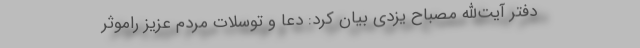
دفتر آیت‌الله مصباح یزدی بیان کرد: دعا و توسلات مردم عزیز راموثر